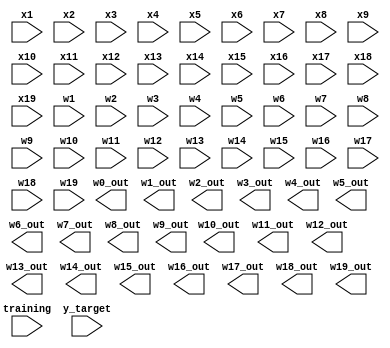
`timescale 1ns / 1ps


module Linear_regression(
    input training, //pin on fpga that specifies weather the reservoir computer should be training the weights or not
    input wire [15:0] y_target, //in case of trying to learn and reproduce input y_target == u_t (input to the system)
    input wire [15:0] x1, x2, x3, x4, x5, x6, x7, x8, x9, x10, x11, x12, x13, x14, x15, x16, x17, x18, x19, // neuron outputs
    input wire [7:0] w1, w2, w3, w4, w5, w6, w7, w8, w9, w10, w11, w12, w13, w14, w15, w16, w17, w18, w19, // nueron weights
    output wire [7:0] w0_out, w1_out, w2_out, w3_out, w4_out, w5_out, w6_out, w7_out, w8_out, w9_out, w10_out, w11_out, w12_out, w13_out, w14_out, w15_out, w16_out, w17_out, w18_out, w19_out //updated neuron weights
    );
    
    //Minimize y = sum(x*w) by minimizing |y_target - y|^2
    
    
endmodule